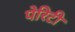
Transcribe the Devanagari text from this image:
पेरिटी